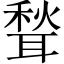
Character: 𫆉